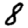
Digit: 8